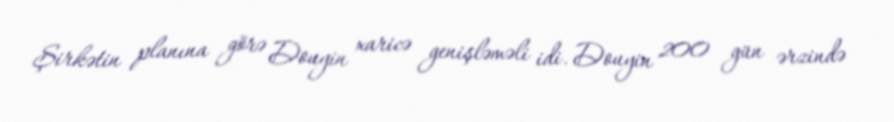
Şirkətin planına görə Douyin xaricə genişləməli idi. Douyin 200 gün ərzində